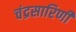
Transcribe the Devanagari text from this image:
चंद्रसारिणी